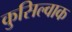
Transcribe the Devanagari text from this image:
कुसिल्वाक